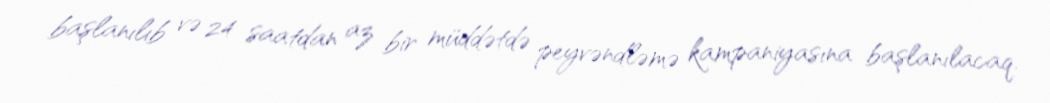
başlanılıb və 24 saatdan az bir müddətdə peyvəndləmə kampaniyasına başlanılacaq.